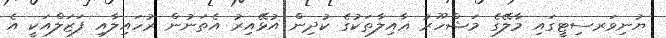
ޔުނިވަރސިޓީގައި މާލޭގެ މަޝްހޫރު ޢާއިލާތަކުގެ ކުދިން އުޅޭއިރު އެތަނުން ރުހައިލާއި ފަޒަލްއަކީ އެ